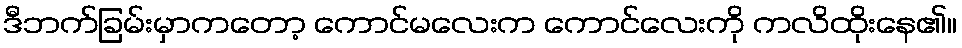
ဒီဘက်ခြမ်းမှာကတော့ ကောင်မလေးက ကောင်လေးကို ကလိထိုးနေ၏။